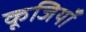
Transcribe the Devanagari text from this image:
कूजियाँ